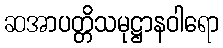
ဆအာပတ္တိသမုဋ္ဌာနဝါရော